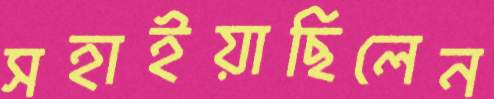
সহাইয়াছিলেন